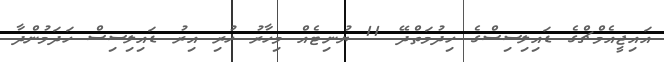
އައިޖީއެމްޗްގެ ޑައިލިސިސްގެ ހިދުމަތްދޭ 11 ޔުނިޓެއް މިހާރު ހުރި އިރު ޑައިލިސިސް ހަދަމުންދާ